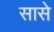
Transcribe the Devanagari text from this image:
सासे